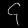
Digit: ၄